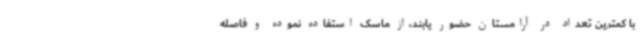
با کمترین تعداد در آرامستان حضور یابند،از ماسک استفاده نموده و فاصله